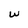
Character: w